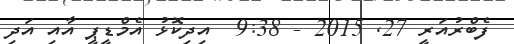
ފެބްރުއަރީ 27